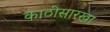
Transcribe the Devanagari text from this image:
काठीसारखा